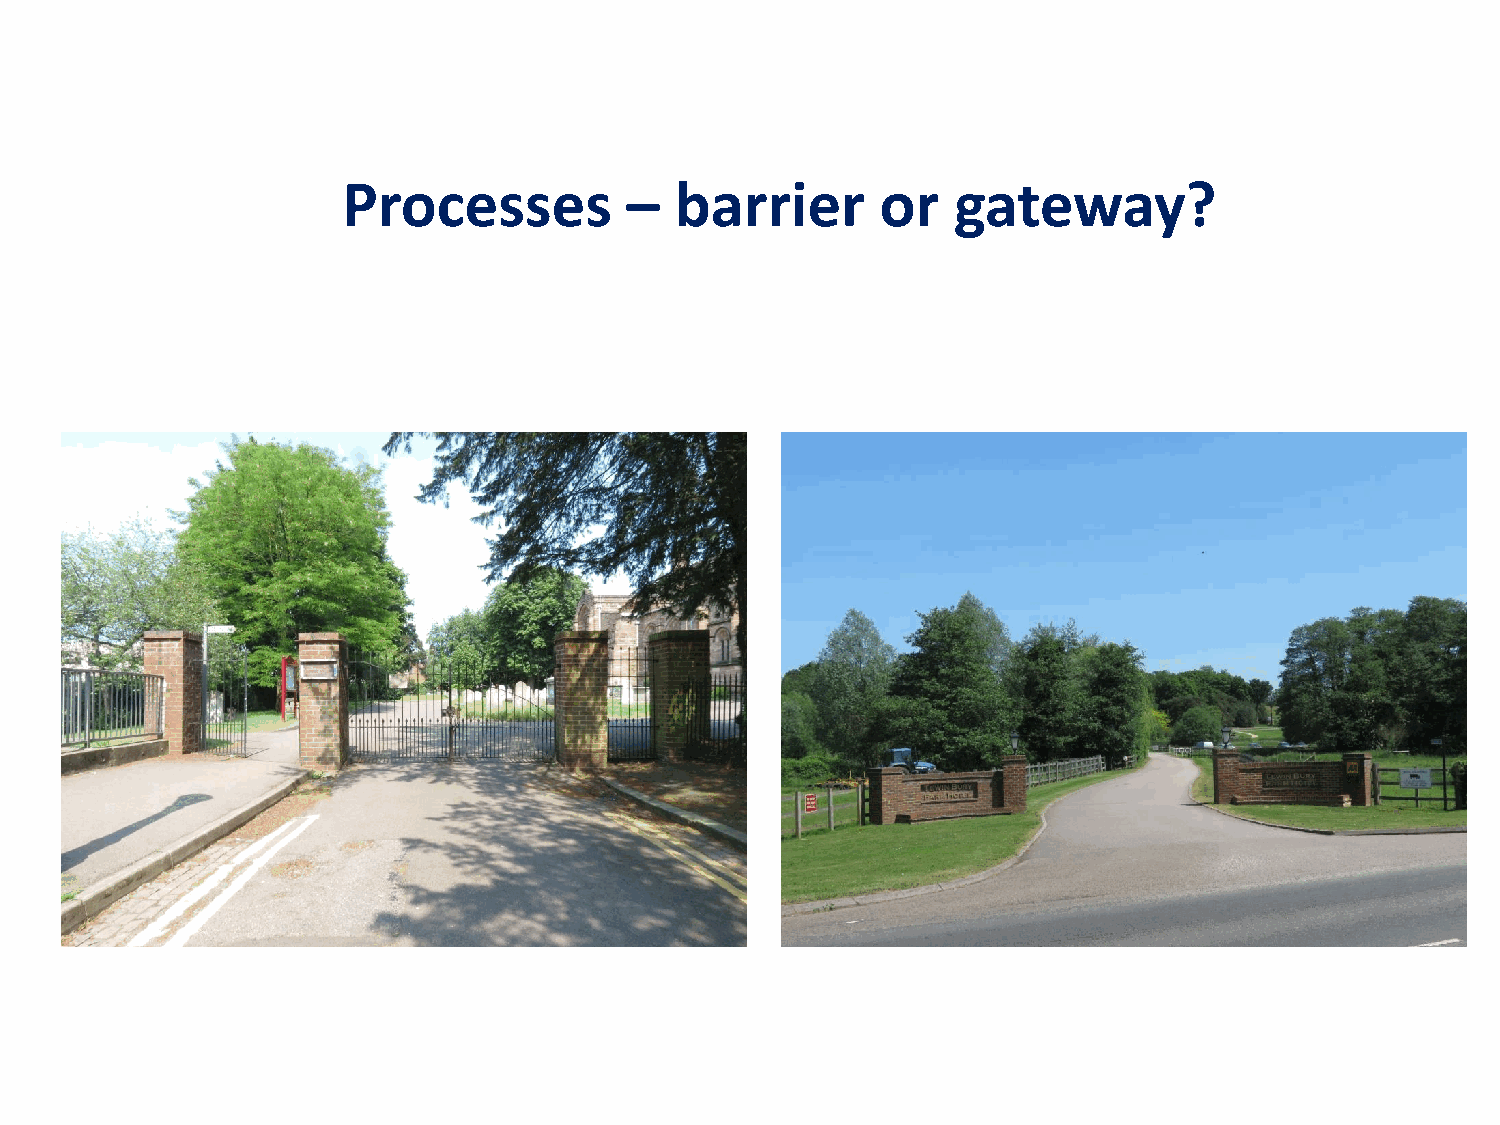
Processes         –   barrier      or   gateway?